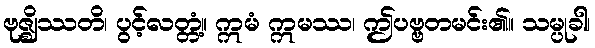
ဗုဇ္ဈိဿတိ၊ ပွင့်လတ္တံ့။ ဣမံ ဣမဿ၊ ဤပဗ္ဗတမင်း၏။ သမ္ပုခါ၊